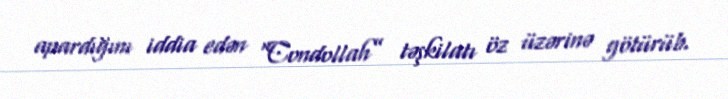
apardığını iddia edən “Condollah” təşkilatı öz üzərinə götürüb.